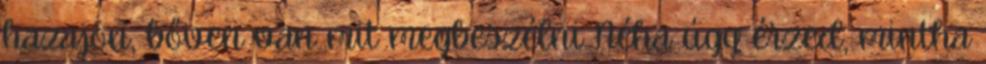
hazajön, bőven van mit megbeszélni Néha úgy érzed, mintha